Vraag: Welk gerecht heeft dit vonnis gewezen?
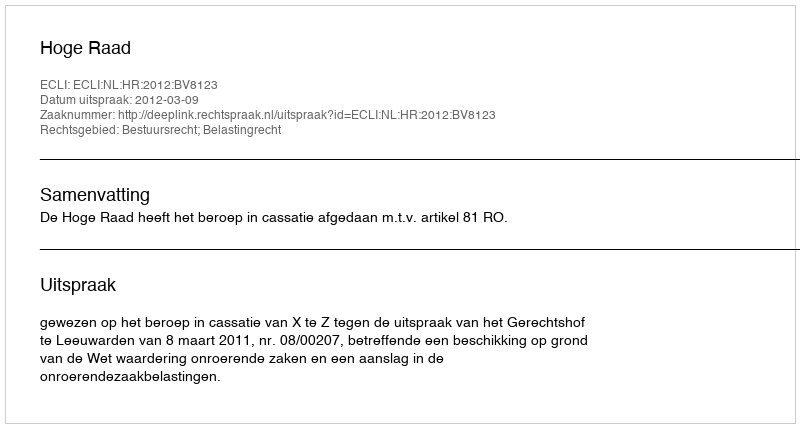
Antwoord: Hoge Raad